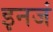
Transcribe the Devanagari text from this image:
इनजं